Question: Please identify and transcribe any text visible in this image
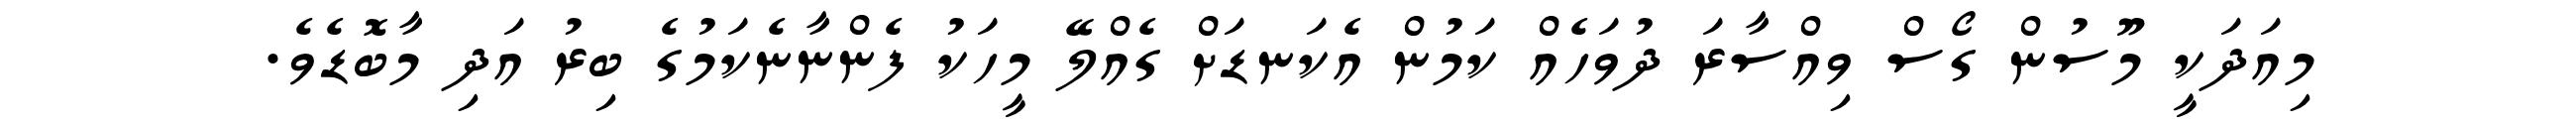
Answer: މިއަދަކީ މޫސުން ގޯސް ވިއްސާރަ ދުވަހެއް ކަމުން އެކަނޑަށް ގެއްލޭ މީހަކު ފެންނާނެކަމުގެ ބިރު އަދި މާބޮޑެވެ.